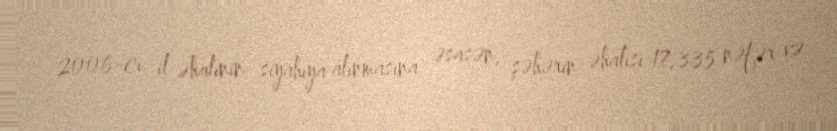
2006-cı il əhalinin siyahıya alınmasına əsasən, şəhərin əhalisi 17,335 nəfər və